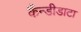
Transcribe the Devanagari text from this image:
कैंन्डीडाटा